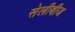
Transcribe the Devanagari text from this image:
सेलीबीज